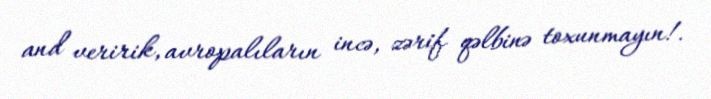
and veririk, avropalıların incə, zərif qəlbinə toxunmayın!.